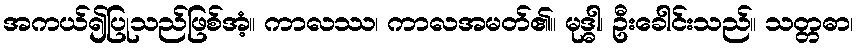
အကယ်၍ပြုသည်ဖြစ်အံ့။ ကာလဿ၊ ကာလအမတ်၏။ မုဒ္ဓါ၊ ဦးခေါင်းသည်။ သတ္တဓာ၊